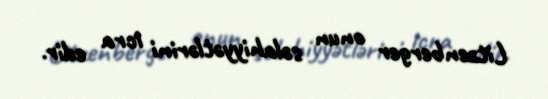
Litzenberger onun səlahiyyətlərini icra edir.